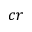
c r